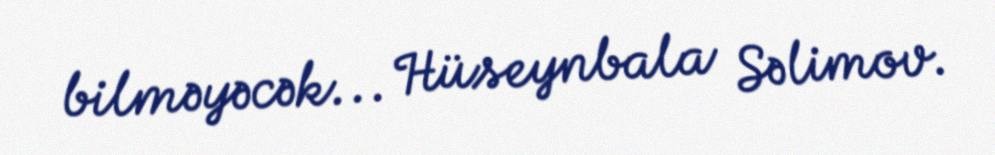
bilməyəcək... Hüseynbala Səlimov.